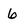
Character: 6